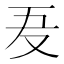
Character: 𠬷